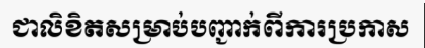
ជាលិខិតសម្រាប់បញ្ជាក់ពីការប្រកាស